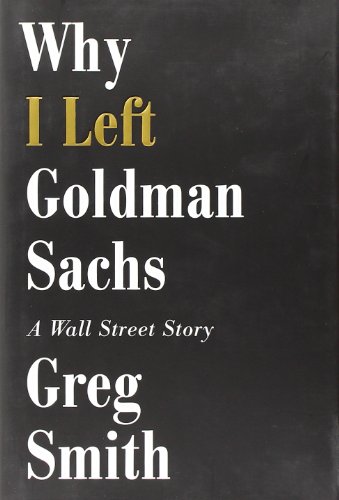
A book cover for Why I Left Goldman Sachs: A Wall Street Story; Greg Smith; Business & Money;